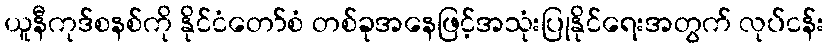
ယူနီကုဒ်စနစ်ကို နိုင်ငံတော်စံ တစ်ခုအနေဖြင့်အသုံးပြုနိုင်ရေးအတွက် လုပ်ငန်း